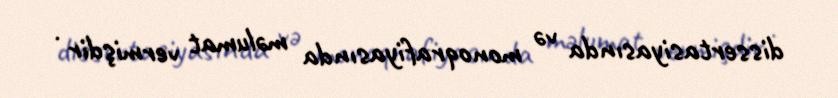
dissertasiyasında və monoqrafiyasında məlumat vermişdir .